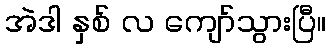
အဲဒါ နှစ် လ ကျော်သွားပြီ။